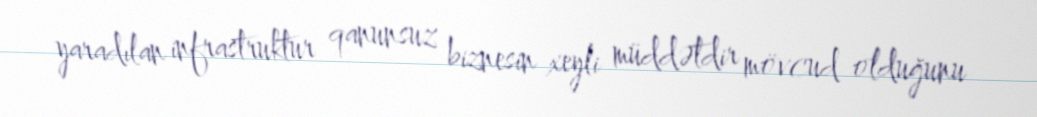
yaradılan infrastruktur qanunsuz biznesin xeyli müddətdir mövcud olduğunu